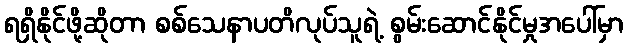
ရရှိနိုင်ဖို့ဆိုတာ စစ်သေနာပတိလုပ်သူရဲ့ စွမ်းဆောင်နိုင်မှုအပေါ်မှာ